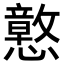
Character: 𫻙